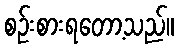
စဉ်းစားရတော့သည်။